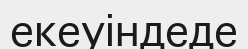
екеуіндеде